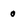
Character: 0